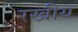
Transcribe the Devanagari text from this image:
रखीय